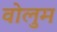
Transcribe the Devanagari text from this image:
वोलुम